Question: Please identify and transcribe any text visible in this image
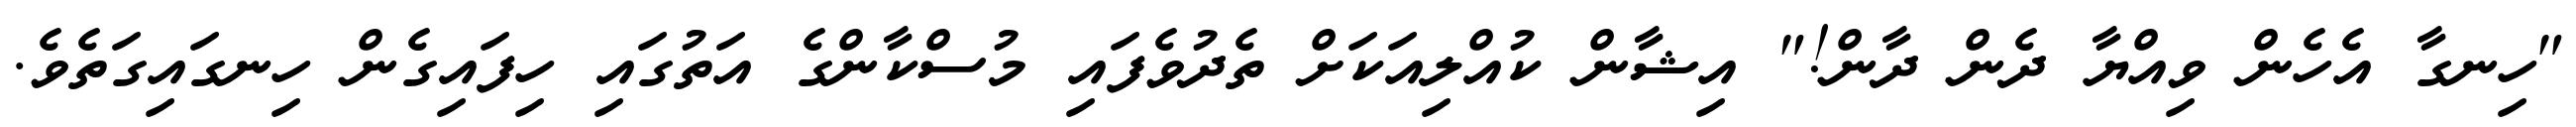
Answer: "ހިނގާ އެހެން ވިއްޔާ ދެން ދާން!" އިޝާން ކުއްލިއަކަށް ތެދުވެފައި މުސްކާންގެ އަތުގައި ހިފައިގެން ހިނގައިގަތެވެ.